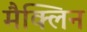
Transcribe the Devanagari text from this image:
मैक्लिन